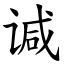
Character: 𫍯